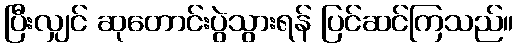
ပြီးလျှင် ဆုတောင်းပွဲသွားရန် ပြင်ဆင်ကြသည်။